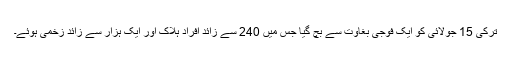
ترکی 15 جولائی کو ایک فوجی بغاوت سے بچ گیا جس میں 240 سے زائد افراد ہلاک اور ایک ہزار سے زائد زخمی ہوئے۔